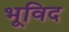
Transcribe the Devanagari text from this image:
भूविद